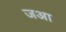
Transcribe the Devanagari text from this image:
जआ